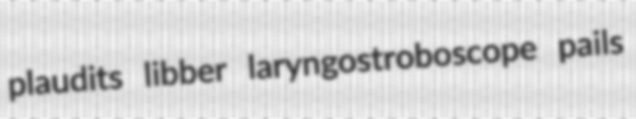
plaudits libber laryngostroboscope pails